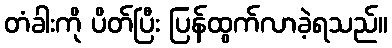
တံခါးကို ပိတ်ပြီး ပြန်ထွက်လာခဲ့ရသည်။